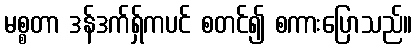
မစ္စတာ ဒန်ဒက်ရှ်ကပင် စတင်၍ စကားပြောသည်။